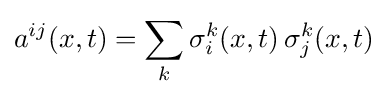
a^{ij}(x,t)=\sum _{k}\sigma _{i}^{k}(x,t)\,\sigma _{j}^{k}(x,t)